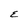
Character: E